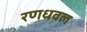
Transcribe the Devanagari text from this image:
रणधवल